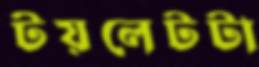
টয়লেটটা